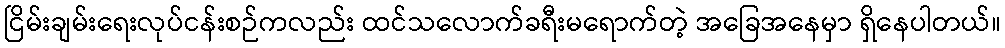
ငြိမ်းချမ်းရေးလုပ်ငန်းစဉ်ကလည်း ထင်သလောက်ခရီးမရောက်တဲ့ အခြေအနေမှာ ရှိနေပါတယ်။